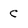
Character: c